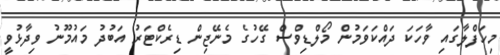
މިހަފްލާގައި ވާހަކަ ދައްކަވަމުން މޯލްޑިވްސް ގޭހުގެ މެނޭޖިން ޑިރެކްޓަރު އަބުދު މައުމޫނު ވިދާޅުވީ